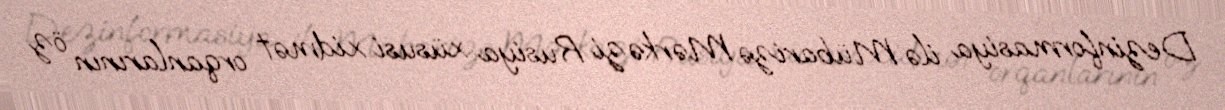
Dezinformasiya ilə Mübarizə Mərkəzi Rusiya xüsusi xidmət orqanlarının öz